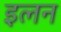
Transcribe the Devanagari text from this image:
इलन